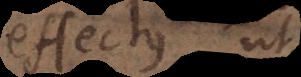
effectus ut